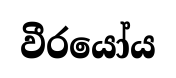
වීරයෝය